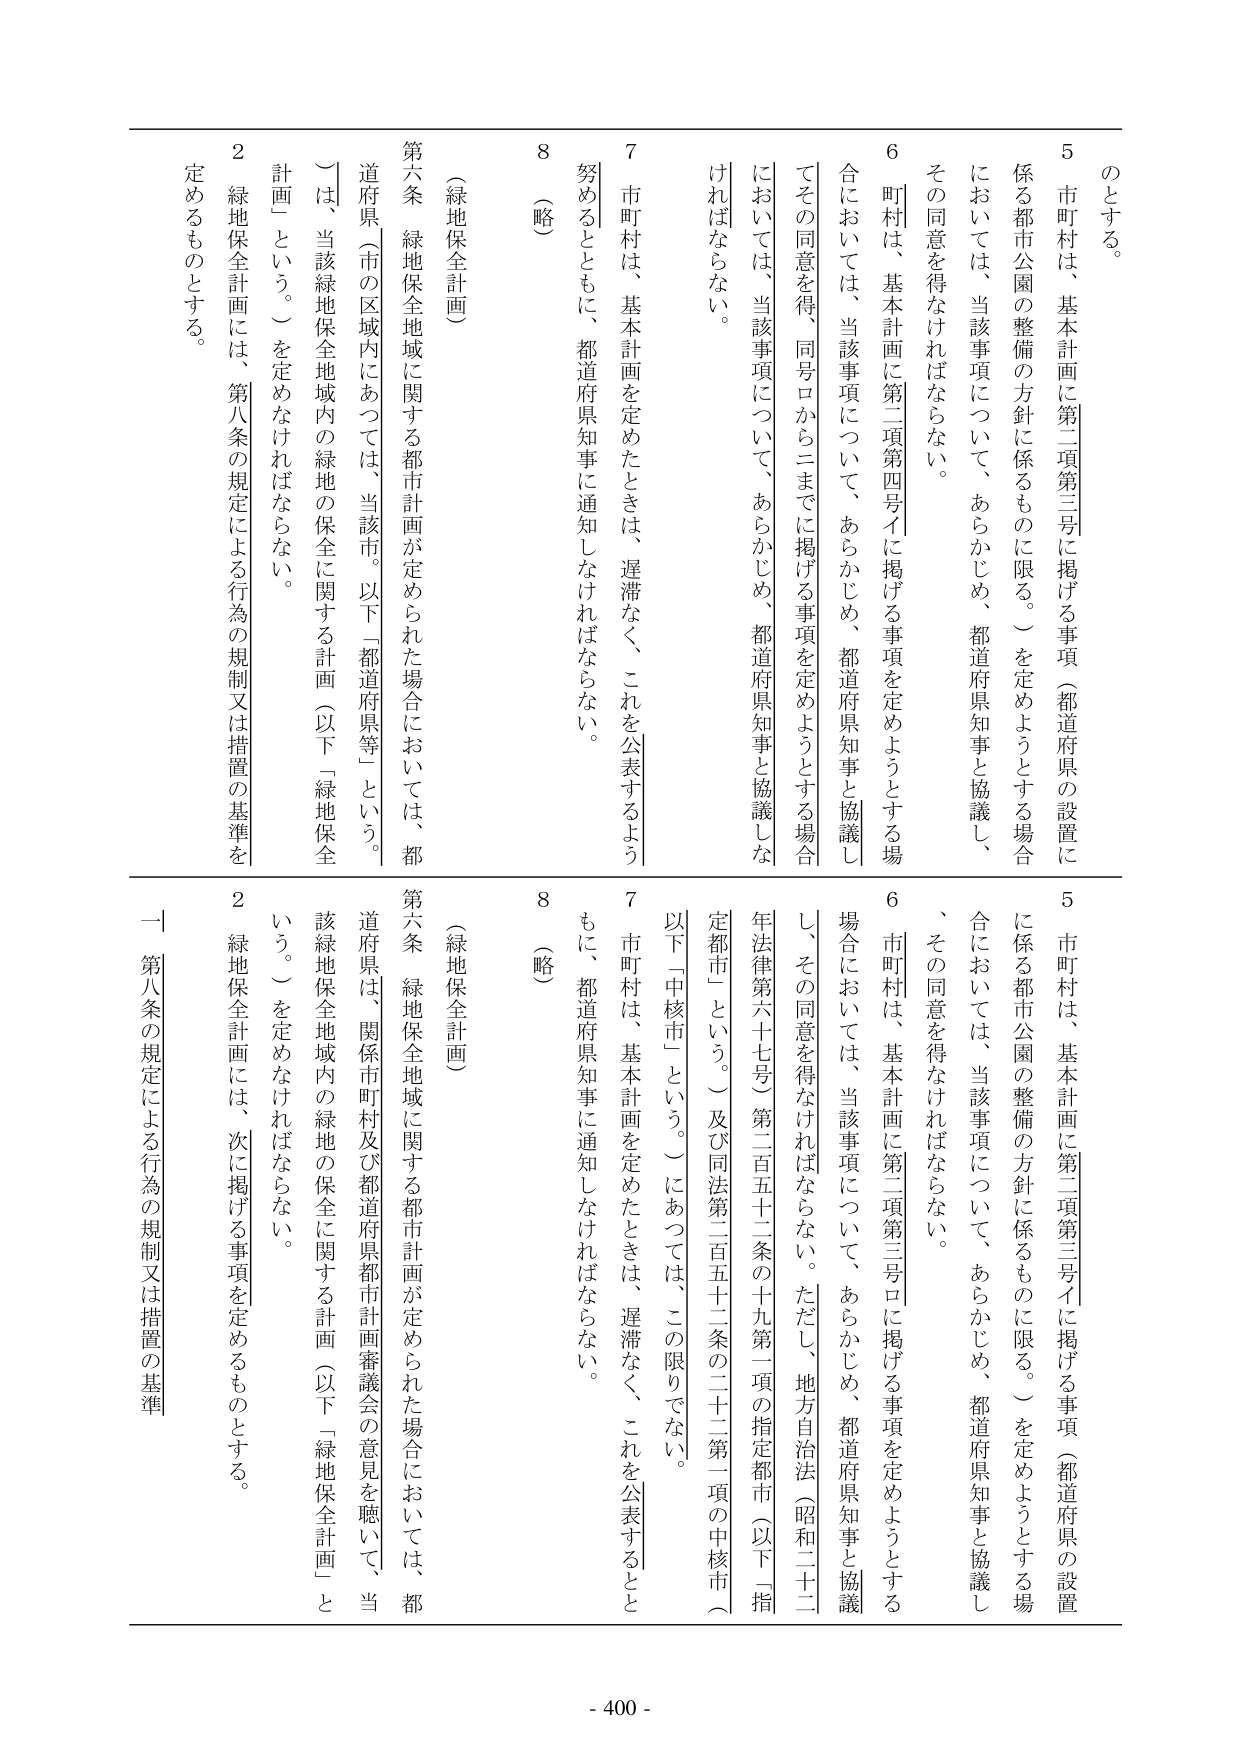
のとする。

5 市町村は、基本計画に第二項第三号に掲げる事項（都道府県の設置に係る都市公園の整備の方針に係るものに限る。）を定めようとする場合においては、当該事項について、あらかじめ、都道府県知事と協議し、その同意を得なければならない。

6 町村は、基本計画に第二項第四号イに掲げる事項を定めようとする場合においては、当該事項について、あらかじめ、都道府県知事と協議してその同意を得、同号ロからニまでに掲げる事項を定めようとする場合においては、当該事項について、あらかじめ、都道府県知事と協議しなければならない。

7 市町村は、基本計画を定めたときは、遅滞なく、これを公表するよう努めるとともに、都道府県知事に通知しなければならない。

8 （略）

第六条（緑地保全計画）
緑地保全地域に関する都市計画が定められた場合においては、都道府県（市の区域内にあっては、当該市。以下「都道府県等」という。）は、当該緑地保全地域内の緑地の保全に関する計画（以下「緑地保全計画」という。）を定めなければならない。

2 緑地保全計画には、第八条の規定による行為の規制又は措置の基準を定めるものとする。

5 市町村は、基本計画に第二項第三号イに掲げる事項（都道府県の設置に係る都市公園の整備の方針に係るものに限る。）を定めようとする場合においては、当該事項について、あらかじめ、都道府県知事と協議し、その同意を得なければならない。

6 市町村は、基本計画に第二項第三号ロに掲げる事項を定めようとする場合においては、当該事項について、あらかじめ、都道府県知事と協議し、その同意を得なければならない。ただし、地方自治法（昭和二十二年法律第六十七号）第二百五十二条の十九第一項の指定都市（以下「指定都市」という。）及び同法第二百五十二条の二十二第一項の中核市（以下「中核市」という。）にあっては、この限りでない。

7 市町村は、基本計画を定めたときは、遅滞なく、これを公表するとともに、都道府県知事に通知しなければならない。

8 （略）

第六条（緑地保全計画）
緑地保全地域に関する都市計画が定められた場合においては、都道府県は、関係市町村及び都道府県都市計画審議会の意見を聴いて、当該緑地保全地域内の緑地の保全に関する計画（以下「緑地保全計画」という。）を定めなければならない。

2 緑地保全計画には、次に掲げる事項を定めるものとする。

一 第八条の規定による行為の規制又は措置の基準

- 400 -